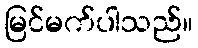
မြင်မက်ပါသည်။